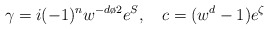
\begin{align*}\gamma =i(-1)^{{n}} w^{-{{d}\o 2}}e^{ S}, \quad c =(w^{d}-1) e^{\zeta}\end{align*}